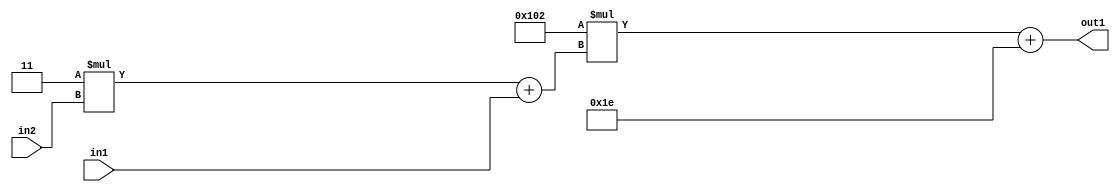
`timescale 1ps / 1ps
/*****************************************************************************
    Verilog RTL Description
    
    
    Created by: Stratus DpOpt 2019.1.01 
*******************************************************************************/

module DC_Filter_Add2i30Mul2i258Add2u1Mul2i3u2_1 (
	in2,
	in1,
	out1
	); /* architecture "behavioural" */ 
input [1:0] in2;
input  in1;
output [11:0] out1;
wire [11:0] asc001;
wire [3:0] asc002;

wire [3:0] asc002_tmp_0;
assign asc002_tmp_0 = 
	+(4'B0011 * in2);
assign asc002 = asc002_tmp_0
	+(in1);

wire [11:0] asc001_tmp_1;
assign asc001_tmp_1 = 
	+(12'B000100000010 * asc002);
assign asc001 = asc001_tmp_1
	+(12'B000000011110);

assign out1 = asc001;
endmodule

/* CADENCE  v7b2Qws= : u9/ySgnWtBlWxVPRXgAZ4Og= ** DO NOT EDIT THIS LINE ******/